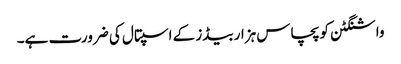
واشنگٹن کو پچاس ہزار بیڈز کے اسپتال کی ضرورت ہے۔